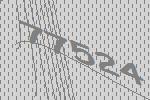
77524